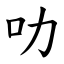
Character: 叻